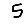
Digit: 5